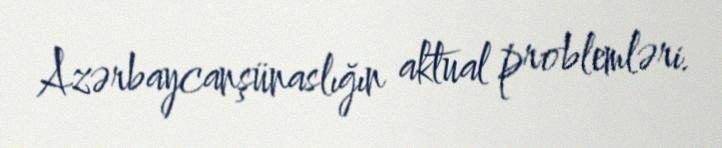
Azərbaycanşünaslığın aktual problemləri.